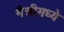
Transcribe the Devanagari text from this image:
मैत्रीमध्ये